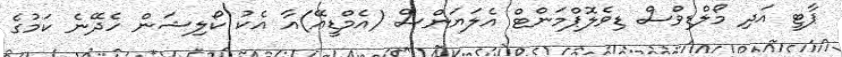
ޕާޓީ އަދި މޯލްޑިވްސް ޑިވެލޮޕްމަންޓް އެލަޔަންސް (އެމްޑީއޭ)އާ އެކު ކޯލިޝަން ހެދޭނެ ކަމުގެ